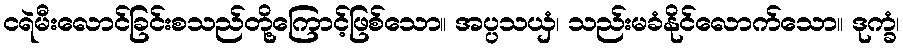
ငရဲမီးလောင်ခြင်းစသည်တို့ကြောင့်ဖြစ်သော။ အပ္ပသယှံ၊ သည်းမခံနိုင်လောက်သော။ ဒုက္ခံ၊